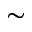
\sim